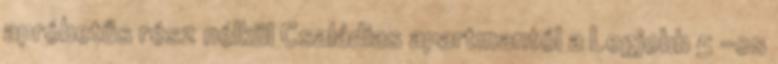
apróbetűs rész nélkül Családias apartmantól a Legjobb 5 -os